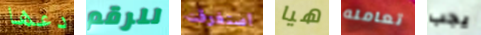
دعها للرقم استغرقت هيا تعامله يجب